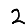
Digit: 2